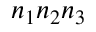
n _ { 1 } n _ { 2 } n _ { 3 }